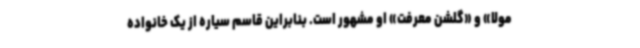
مولا» و «گلشن معرفت» او مشهور است. بنابراین قاسم سیاره از یک خانواده